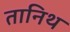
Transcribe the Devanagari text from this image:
तानिथ